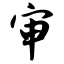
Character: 审